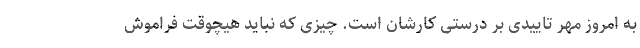
به امروز مُهر تاییدی بر درستی کارشان است. چیزی که نباید هیچوقت فراموش